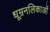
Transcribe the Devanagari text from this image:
धूम्रनलिकाओं